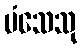
မံသေသု